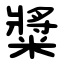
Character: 䊢